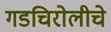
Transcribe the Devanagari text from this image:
गडचिरोलीचे